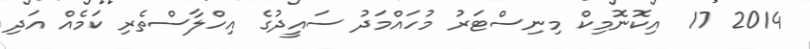
2014 17  އިކޮނޮމިކް މިނިސްޓަރު މުހައްމަދު ސައީދުގެ އިހްލާސްތެރި ކަމެއް އަދި